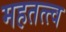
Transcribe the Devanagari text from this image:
महतत्त्व